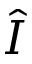
\hat { I }